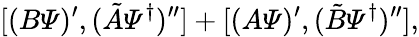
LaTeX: [(B{\mit\Psi})^{\prime},(\tilde{A}{\mit\Psi}^{\dagger})^{\prime\prime}]+[(A{\mit\Psi})^{\prime},(\tilde{B}{\mit\Psi}^{\dagger})^{\prime\prime}],